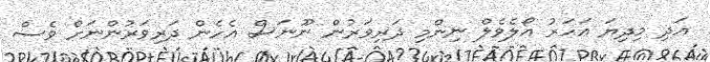
އަދި މިދިޔަ އަހަރު އޯލެވެލް ނިންމި ދަރިވަރުން ނޫނަސް އެހެން ދަރިވަރުންނަށް ވެސް